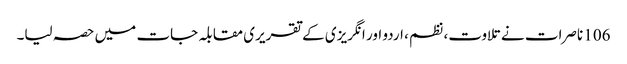
106 ناصرات نے تلاوت، نظم ، اردو اور انگریزی کے تقریری مقابلہ جات میں حصہ لیا۔